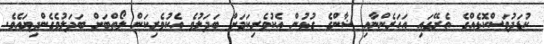
ކުޑަދުވަސްކޮޅެއްގެ ތެރޭގައި އަހަރެންނާއި ޝާންގެ ގުޅުން އެކުވެރިކަމަށް ބަދަލުވެ އެކުވެރިކަން ލޯތްބަށް ބަދަލުވެގެންދިޔައެވެ.